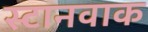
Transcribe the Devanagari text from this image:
स्टानवाक